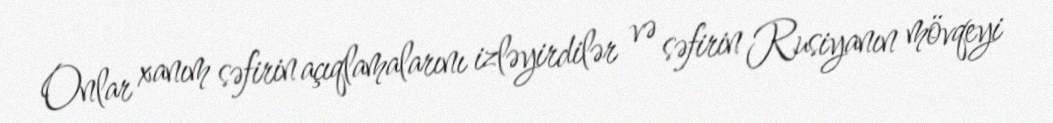
Onlar xanım səfirin açıqlamalarını izləyirdilər və səfirin Rusiyanın mövqeyi